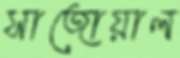
সাজোয়াল